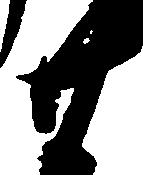
廿